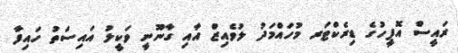
ރައީސް އޮފީހުގެ ޑިރެކްޓަރ މުހައްމަދު ލުވެއިޒް އާއި ގާނޫނީ ވަކީލު އައިސަތު ހައިފާ